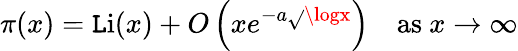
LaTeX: \pi(x)=\operatorname{\mathtt{L}i}(x)+O\left(xe^{-a{\sqrt{}{{\logx}}}}\right)\quad{\mathrm{{as~}}}x\to\infty